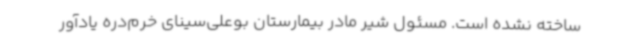
ساخته نشده است. مسئول شیر مادر بیمارستان بوعلی‌سینای خرم‌دره یادآور